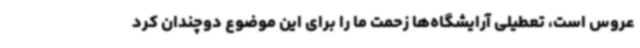
عروس است، تعطیلی آرایشگاه‌ها زحمت ما را برای این موضوع دوچندان کرد